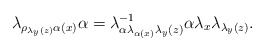
\begin{align*}\lambda_{\rho_{\lambda_{y}(z)}\alpha(x)}\alpha & =\lambda_{\alpha\lambda_{\alpha(x)}\lambda_{y}(z)}^{-1}\alpha\lambda_{x}\lambda_{\lambda_{y}(z)}.\end{align*}